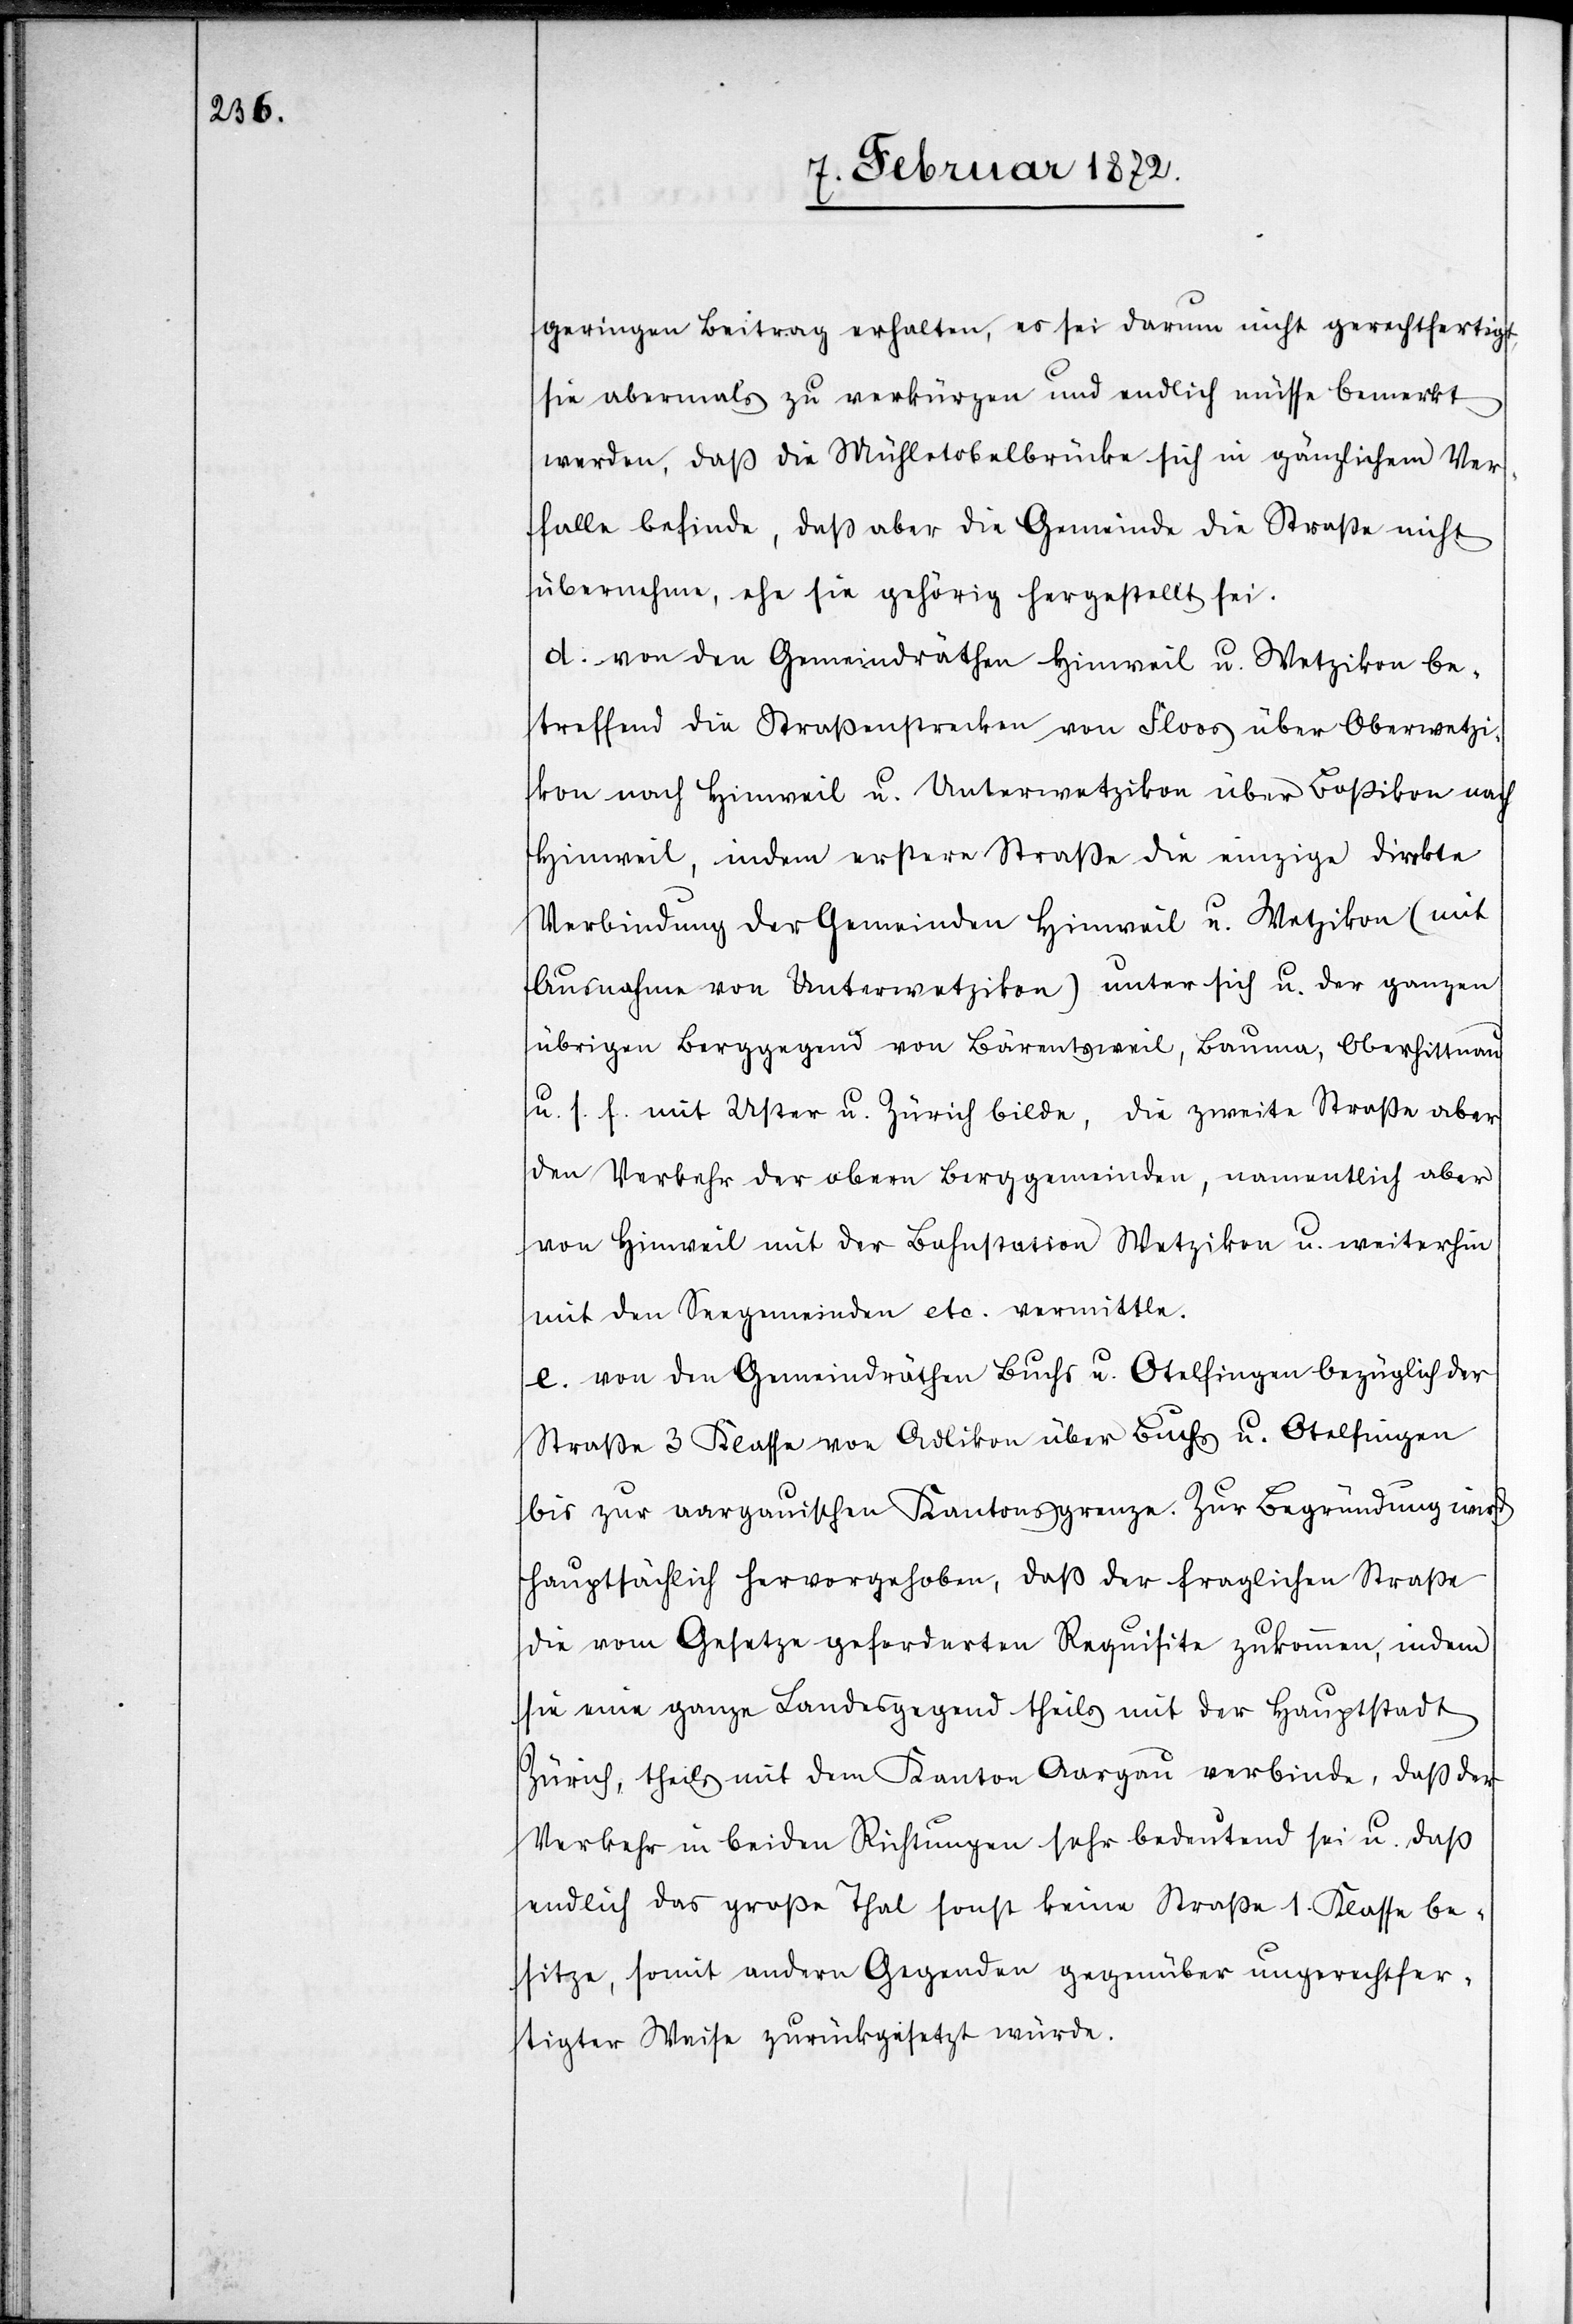
geringen Beitrag erhalten, es sei darum nicht gerechtfertigt,
sie abermals zu verkürzen und endlich müsse bemerkt
werden, daß die Mühletobelbrücke sich in gänzlichem Ver¬
falle befinde, daß aber die Gemeinde die Straße nicht
übernehme, ehe sie gehörige hergestellt sei.
d. von den Gemeindräthen Hinweil u. Wetzikon be¬
treffend die Straßenstrecke von Floos über Oberwetzi¬
kon nach Hinweil u. Unterwetzikon über Boßikon nach
Hinweil, indem erstere Straße die einzige direkte
Verbindung der Gemeinden Hinweil u. Wetzikon (mit
Ausnahme von Unterwetzikon) unter sich u. der ganzen
übrigen Berggegend von Bärentsweil, Bauma, Oberhittnau
u. s. f. mit Uster u. Zürich bilde, die zweite Straße aber
den Verkehr der obern Berggemeinden, namentlich aber
von Hinweil mit der Bahnstation Wetzikon u. weiterhin
mit den Seegemeinden etc. vermittle.
e. von den Gemeindräthen Buchs u. Otelfingen bezüglich der
Straße 3 Klasse von Adlikon über Buchs u. Otelfingen
bis zur aargauischen Kantonsgrenze. Zur Begründung wird
hauptsächlich hervorgehoben, daß der fraglichen Straße
die vom Gesetze geforderten Requisite zukommen, indem
sie eine ganze Landesgegend theils mit der Hauptstadt
Zürich, theils mit dem Kanton Aargau verbinde, daß der
Verkehr in beiden Richtungen sehr bedeutend sei u. daß
endlich das große Thal sonst keine Straße 1. Klasse be¬
sitze, somit andern Gegenden gegenüber ungerechtfer¬
tigter Weise zurückgesetzt würde.